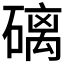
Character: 𥕮